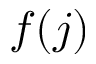
f ( j )